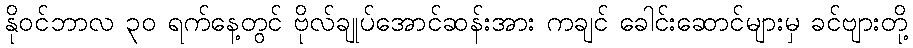
နိုဝင်ဘာလ ၃၀ ရက်နေ့တွင် ဗိုလ်ချုပ်အောင်ဆန်းအား ကချင် ခေါင်းဆောင်များမှ ခင်ဗျားတို့